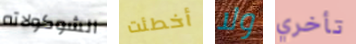
الشوكولاته أخطئت ولا تأخري